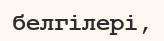
белгілері,